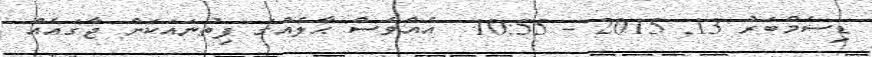
ޑިސެމްބަރު 13